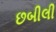
છબીલી